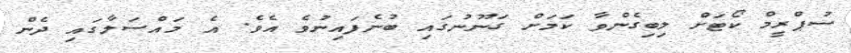
ސުޕްރީމް ކޯޓަށް ލިބިގެންވާ ކަމަށް ގަނޫނުގައި ބުނެފައިނުވެ އެވެ. އެ މައްސަލާގައި ދެން